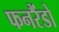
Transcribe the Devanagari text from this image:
फनरैंडो